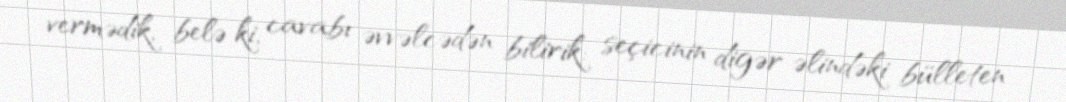
vermədik, belə ki, cavabı əvvəlcədən bilirik: seçicinin digər əlindəki bülleten